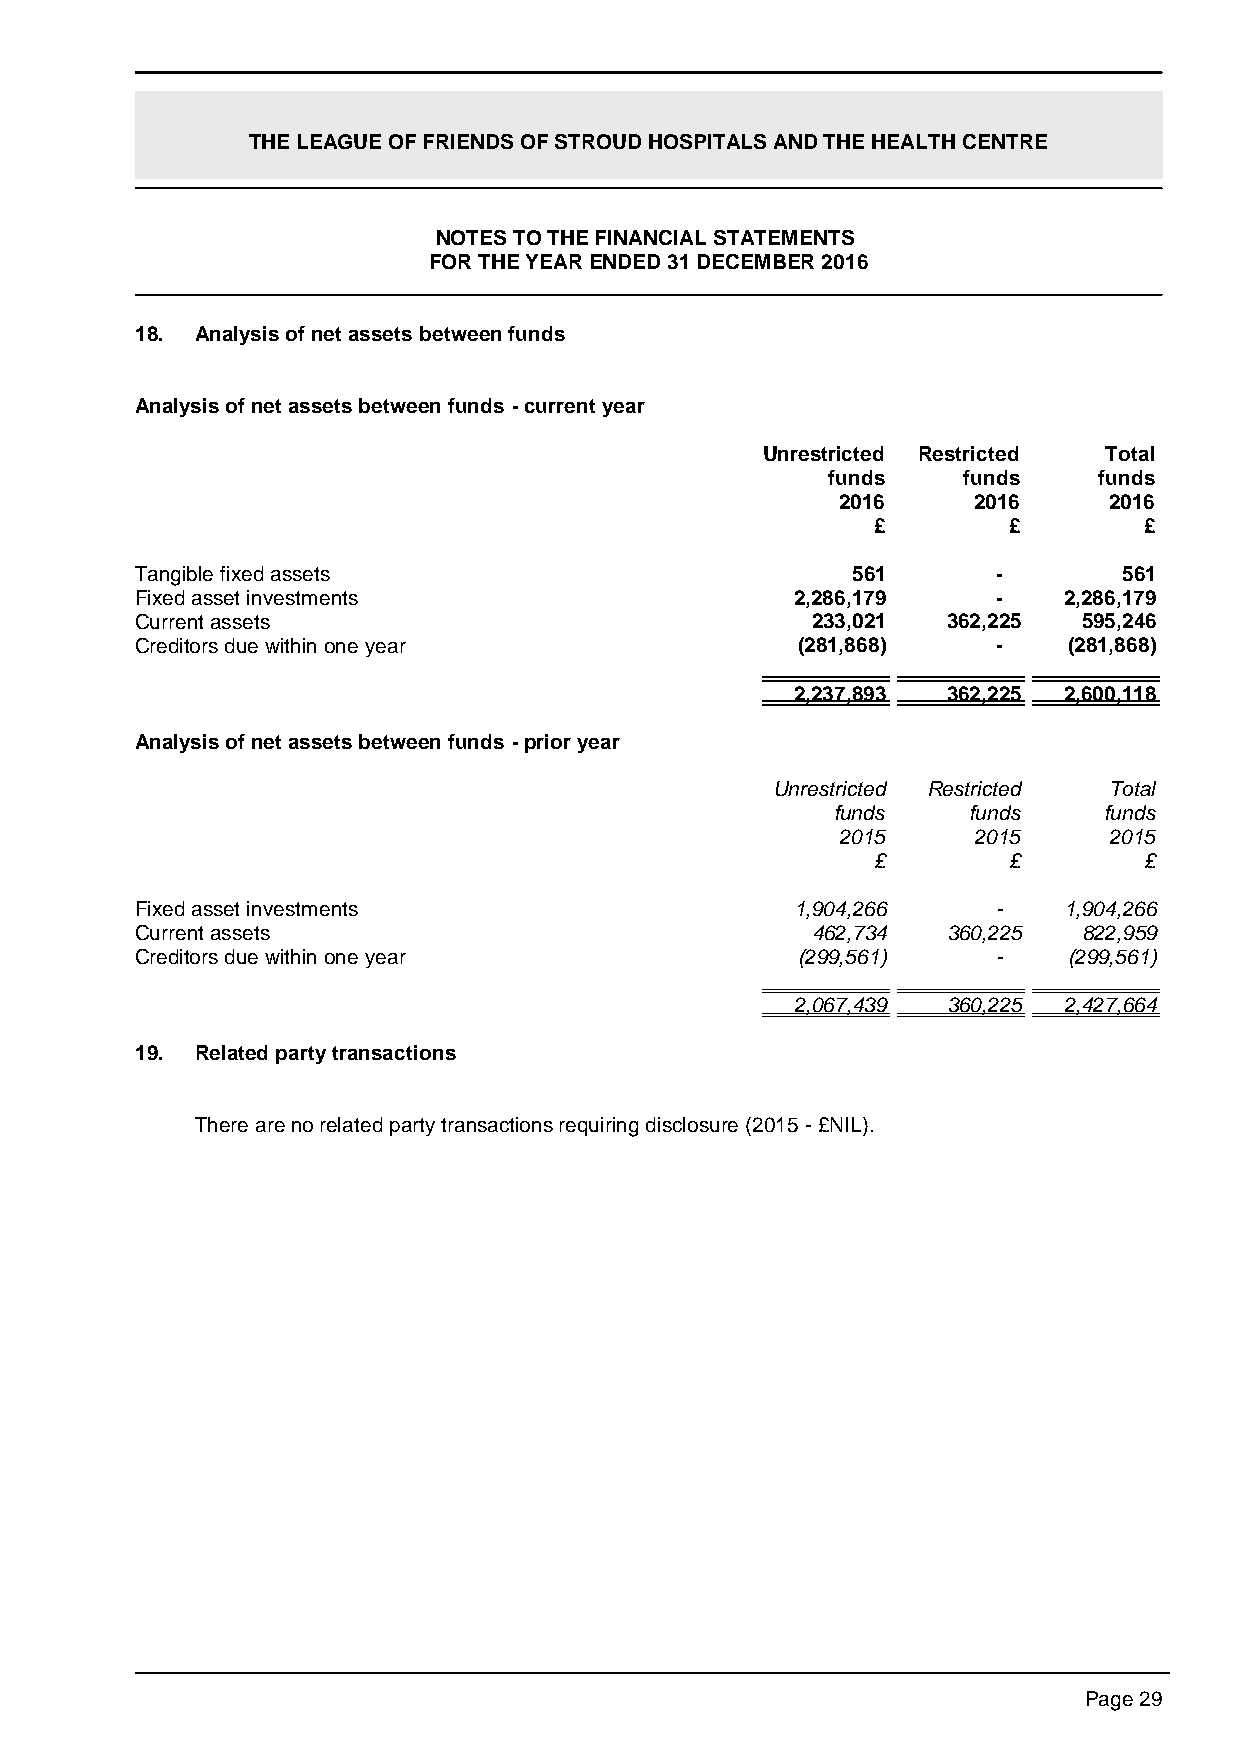
THE LEAGUE OF FRIENDS OF STROUD HOSPITALS AND THE HEALTH CENTRE
 NOTES TO THE FINANCIAL STATEMENTS
 FOR THE YEAR ENDED 31 DECEMBER 2016
 18. Analysis of net assets between funds
 Analysis of net assets between funds - current year
 Unrestricted Restricted Total
 funds    funds    funds
 2016    2016     2016
 £        £        £
 Tangible fixed assets                          561       -       561
 Fixed asset investments                     2,286,179    -   2,286,179
 Current assets                               233,021  362,225  595,246
 Creditors due within one year               (281,868)    -    (281,868)
 2,237,893 362,225 2,600,118
 Analysis of net assets between funds - prior year
 Unrestricted Restricted Total
 funds    funds    funds
 2015    2015     2015
 £        £        £
 Fixed asset investments                     1,904,266    -   1,904,266
 Current assets                               462,734  360,225  822,959
 Creditors due within one year               (299,561)    -    (299,561)
 2,067,439 360,225 2,427,664
 19. Related party transactions
 There are no related party transactions requiring disclosure (2015 - £NIL).
 Page 29